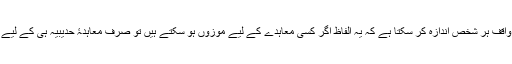
زبان کے اسالیب سے واقف ہر شخص اندازہ کر سکتا ہے کہ یہ الفاظ اگر کسی معاہدے کے لیے موزوں ہو سکتے ہیں تو صرف معاہدۂ حدیبیہ ہی کے لیے موزوں ہو سکتے ہیں۔